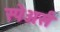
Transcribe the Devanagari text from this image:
स्पेअर्स